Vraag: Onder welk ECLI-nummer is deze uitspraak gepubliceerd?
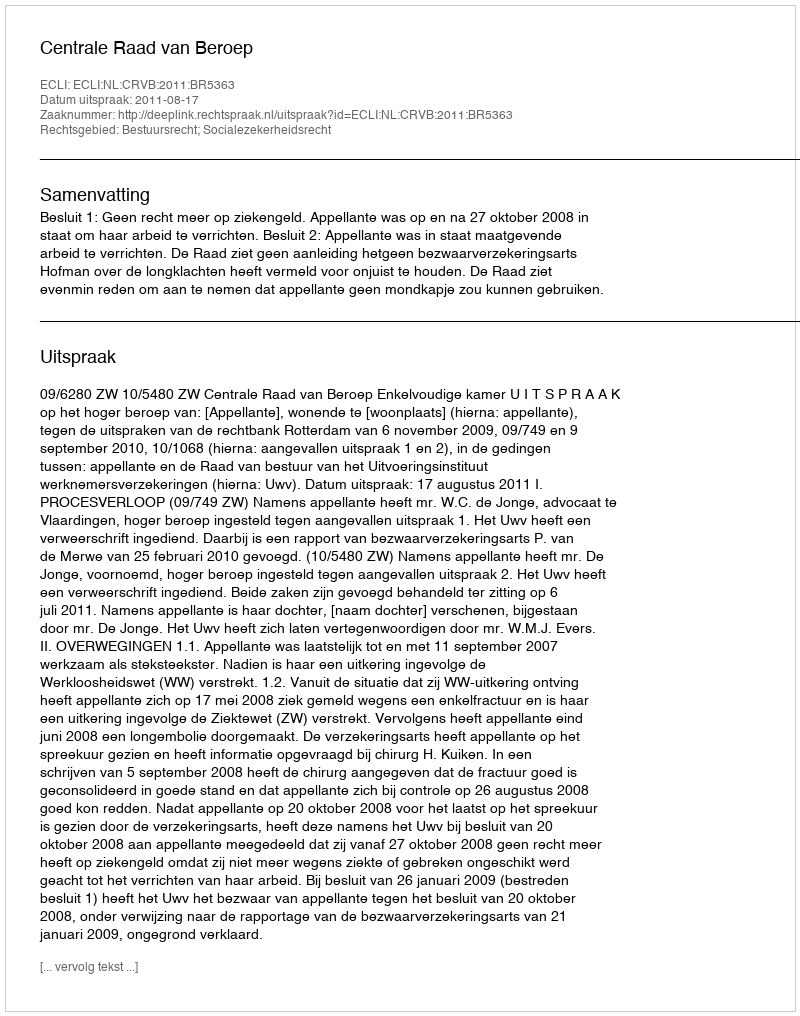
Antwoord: ECLI:NL:CRVB:2011:BR5363